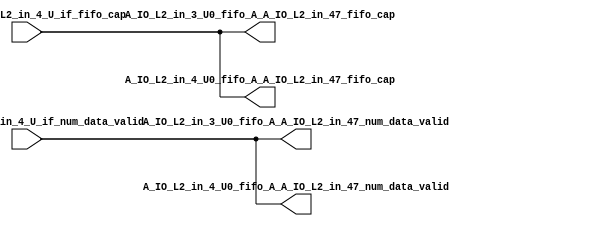
// ==================================================
// RTL generated by RapidStream
//
// Copyright 2024 RapidStream Design Automation, Inc.
// All Rights Reserved.
// ==================================================
`timescale 1 ns / 1 ps
module __rs_kernel3_aux_split_aux_12 #(
    parameter C_S_AXI_CONTROL_DATA_WIDTH  = 32,
    parameter C_S_AXI_CONTROL_ADDR_WIDTH  = 6,
    parameter C_S_AXI_DATA_WIDTH          = 32,
    parameter C_M_AXI_GMEM_A_ID_WIDTH     = 1,
    parameter C_M_AXI_GMEM_A_ADDR_WIDTH   = 64,
    parameter C_M_AXI_GMEM_A_DATA_WIDTH   = 512,
    parameter C_M_AXI_GMEM_A_AWUSER_WIDTH = 1,
    parameter C_M_AXI_GMEM_A_ARUSER_WIDTH = 1,
    parameter C_M_AXI_GMEM_A_WUSER_WIDTH  = 1,
    parameter C_M_AXI_GMEM_A_RUSER_WIDTH  = 1,
    parameter C_M_AXI_GMEM_A_BUSER_WIDTH  = 1,
    parameter C_M_AXI_GMEM_A_USER_VALUE   = 0,
    parameter C_M_AXI_GMEM_A_PROT_VALUE   = 0,
    parameter C_M_AXI_GMEM_A_CACHE_VALUE  = 3,
    parameter C_M_AXI_DATA_WIDTH          = 32,
    parameter C_M_AXI_GMEM_B_ID_WIDTH     = 1,
    parameter C_M_AXI_GMEM_B_ADDR_WIDTH   = 64,
    parameter C_M_AXI_GMEM_B_DATA_WIDTH   = 512,
    parameter C_M_AXI_GMEM_B_AWUSER_WIDTH = 1,
    parameter C_M_AXI_GMEM_B_ARUSER_WIDTH = 1,
    parameter C_M_AXI_GMEM_B_WUSER_WIDTH  = 1,
    parameter C_M_AXI_GMEM_B_RUSER_WIDTH  = 1,
    parameter C_M_AXI_GMEM_B_BUSER_WIDTH  = 1,
    parameter C_M_AXI_GMEM_B_USER_VALUE   = 0,
    parameter C_M_AXI_GMEM_B_PROT_VALUE   = 0,
    parameter C_M_AXI_GMEM_B_CACHE_VALUE  = 3,
    parameter C_M_AXI_GMEM_C_ID_WIDTH     = 1,
    parameter C_M_AXI_GMEM_C_ADDR_WIDTH   = 64,
    parameter C_M_AXI_GMEM_C_DATA_WIDTH   = 512,
    parameter C_M_AXI_GMEM_C_AWUSER_WIDTH = 1,
    parameter C_M_AXI_GMEM_C_ARUSER_WIDTH = 1,
    parameter C_M_AXI_GMEM_C_WUSER_WIDTH  = 1,
    parameter C_M_AXI_GMEM_C_RUSER_WIDTH  = 1,
    parameter C_M_AXI_GMEM_C_BUSER_WIDTH  = 1,
    parameter C_M_AXI_GMEM_C_USER_VALUE   = 0,
    parameter C_M_AXI_GMEM_C_PROT_VALUE   = 0,
    parameter C_M_AXI_GMEM_C_CACHE_VALUE  = 3,
    parameter C_S_AXI_CONTROL_WSTRB_WIDTH = 4,
    parameter C_S_AXI_WSTRB_WIDTH         = 4,
    parameter C_M_AXI_GMEM_A_WSTRB_WIDTH  = 64,
    parameter C_M_AXI_WSTRB_WIDTH         = 4,
    parameter C_M_AXI_GMEM_B_WSTRB_WIDTH  = 64,
    parameter C_M_AXI_GMEM_C_WSTRB_WIDTH  = 64
) (
    output wire [1:0] A_IO_L2_in_3_U0_fifo_A_A_IO_L2_in_47_fifo_cap,
    output wire [1:0] A_IO_L2_in_3_U0_fifo_A_A_IO_L2_in_47_num_data_valid,
    output wire [1:0] A_IO_L2_in_4_U0_fifo_A_A_IO_L2_in_47_fifo_cap,
    output wire [1:0] A_IO_L2_in_4_U0_fifo_A_A_IO_L2_in_47_num_data_valid,
    input wire  [1:0] fifo_A_A_IO_L2_in_4_U_if_fifo_cap,
    input wire  [1:0] fifo_A_A_IO_L2_in_4_U_if_num_data_valid
);
assign A_IO_L2_in_3_U0_fifo_A_A_IO_L2_in_47_fifo_cap = fifo_A_A_IO_L2_in_4_U_if_fifo_cap;
assign A_IO_L2_in_3_U0_fifo_A_A_IO_L2_in_47_num_data_valid = fifo_A_A_IO_L2_in_4_U_if_num_data_valid;
assign A_IO_L2_in_4_U0_fifo_A_A_IO_L2_in_47_fifo_cap = fifo_A_A_IO_L2_in_4_U_if_fifo_cap;
assign A_IO_L2_in_4_U0_fifo_A_A_IO_L2_in_47_num_data_valid = fifo_A_A_IO_L2_in_4_U_if_num_data_valid;
endmodule